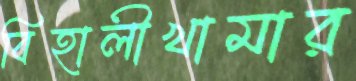
বিহালীখামার